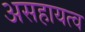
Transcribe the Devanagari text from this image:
असहायत्व